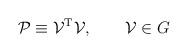
LaTeX: \begin{align*}{\cal{P}} \equiv {\cal{V}}^{\rm T} {\cal{V}} , \qquad {\cal{V}} \in G\end{align*}